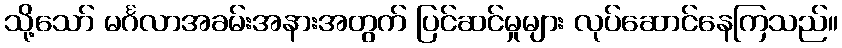
သို့သော် မင်္ဂလာအခမ်းအနားအတွက် ပြင်ဆင်မှုများ လုပ်ဆောင်နေကြသည်။